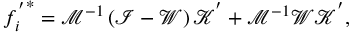
{ f _ { i } ^ { ' } } ^ { * } = \mathcal { M } ^ { - 1 } \left( \mathcal { I } - \mathcal { W } \right) \mathcal { K } ^ { ' } + \mathcal { M } ^ { - 1 } \mathcal { W } \mathcal { K } ^ { ' } ,